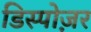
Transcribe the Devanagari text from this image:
डिस्पोज़र